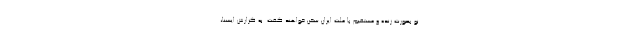
نو بصورت زنده و مستقیم با ملت ایران سخن خواهند گفت. به گزارش ایسنا،